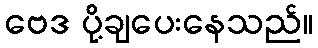
ဗေဒ ပို့ချပေးနေသည်။